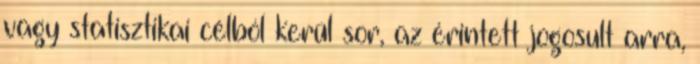
vagy statisztikai célból kerül sor, az érintett jogosult arra,